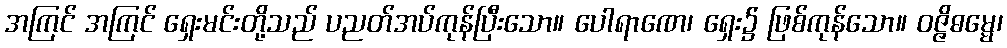
အကြင် အကြင် ရှေးမင်းတို့သည် ပညတ်အပ်ကုန်ပြီးသော။ ပေါရာဏေ၊ ရှေး၌ ဖြစ်ကုန်သော။ ဝဇ္ဇိဓမ္မေ၊